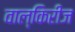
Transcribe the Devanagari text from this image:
वाल्किरीज